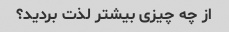
از چه چیزی بیشتر لذت بردید؟